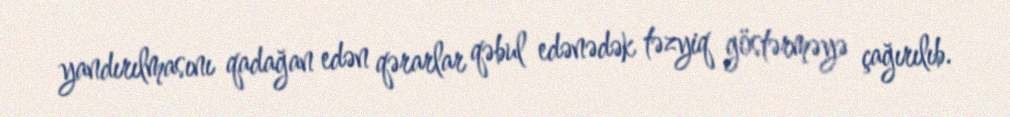
yandırılmasını qadağan edən qərarlar qəbul edənədək təzyiq göstərməyə çağırılıb.